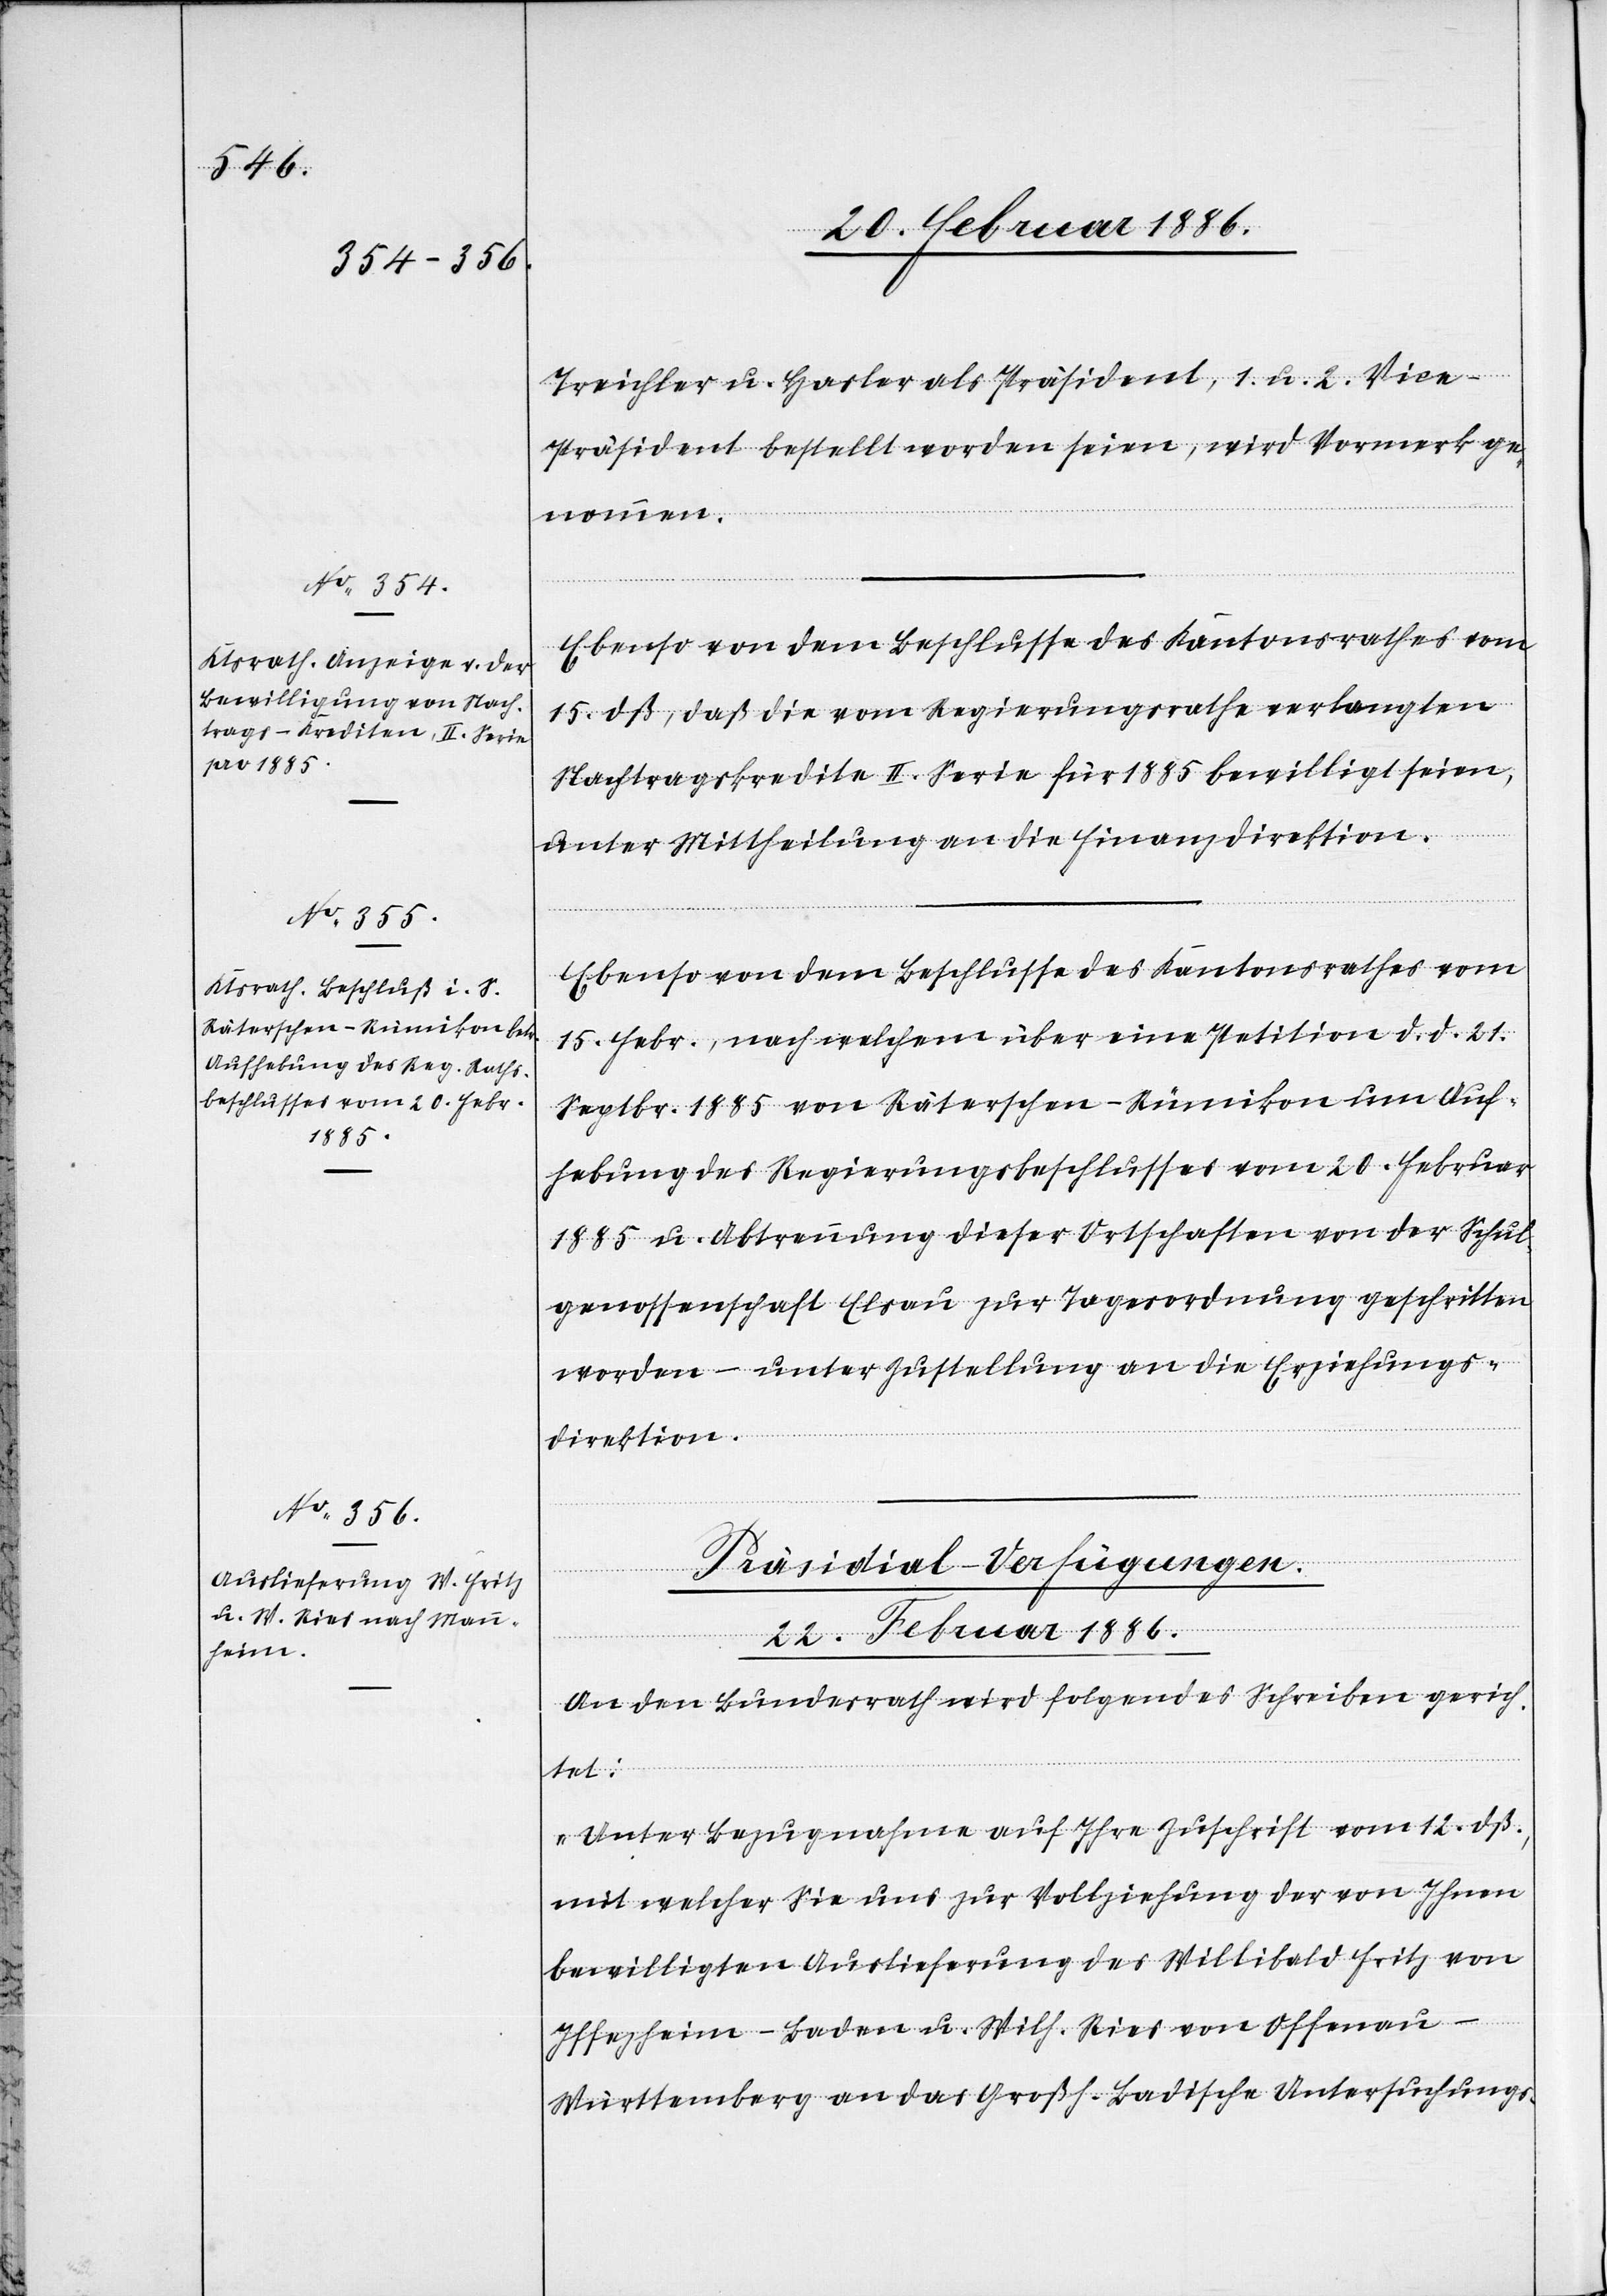
Treichler u. Hasler als Präsident, 1. und 2. Vice-P¬
räsident bestellt worden seien, wird Vormerk ge¬
nommen.
Ebenso von dem Beschlusse des Kantonsrathes vom
15. dß., daß die vom Regierungsrathe verlangten
Nachtragskredite II. Serie für 1885 bewilligt seien,
unter Mittheilung an die Finanzdirektion.
Ebenso von dem Beschlusse des Kantonsrathes vom
15. Febr., nach welchem über eine Petition d. d. 21.
Septbr. 1885 von Räterschen - Rümikon um Auf¬
hebung des Regierungsbeschlusses vom 20. Februar
1885 u. Abtrennung dieser Ortschaft von der Schul¬
genossenschaft Elsau zur Tagesordnung geschritten
worden – unter Zustellung an die Erziehungs¬
direktion.
[F¬
Präsidial-Verfügungen.
22. Februar 1886.
An den Bundesrath wird folgendes Schreiben gerich¬
tet:
„Unter Bezugnahme auf Ihre Zuschrift vom 12. dß.,
mit welcher Sie uns zur Vollziehung der von Ihnen
bewilligten Auslieferung de Willibald Fritz von
ortsetzung
Iffezheim - Baden u. Wilh. Ries von Offenau
Württemberg an das Großh. Badische Untersuchungs-